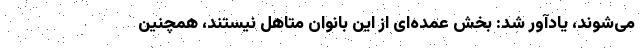
می‌شوند، یادآور شد: بخش عمده‌ای از این بانوان متاهل نیستند، همچنین